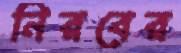
নিরবের